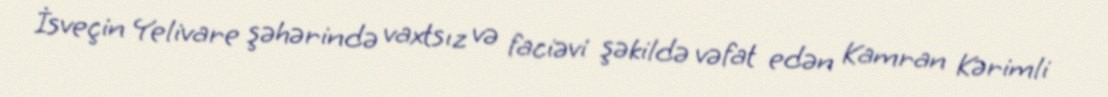
İsveçin Yelivare şəhərində vaxtsız və faciəvi şəkildə vəfat edən Kamran Kərimli